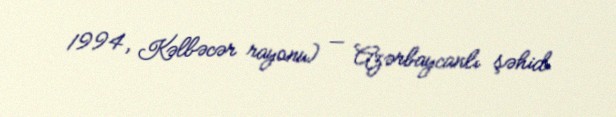
1994, Kəlbəcər rayonu) — Azərbaycanlı şəhid.